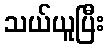
သယ်ယူပြီး